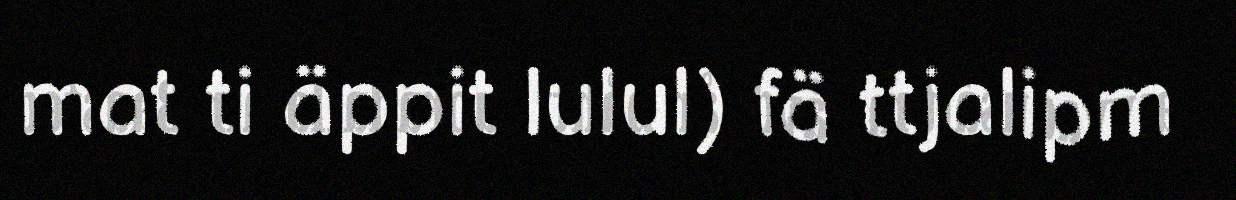
mat ti äppit lulul) fä ttjalipm